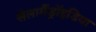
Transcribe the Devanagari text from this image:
सैलामैंड्रॉइडिया